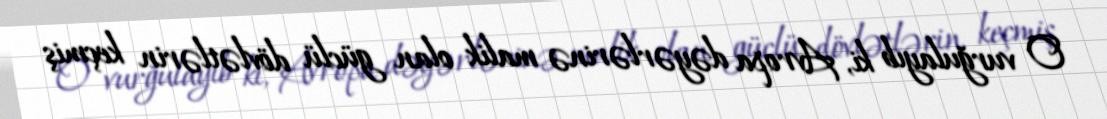
O vurğulayıb ki, Avropa dəyərlərinə malik olan güclü dövlətlərin keçmiş